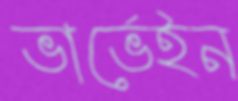
ভার্ভেইন